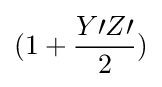
(1+{\frac {Y\prime Z\prime }{2}})